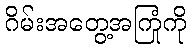
ဂိမ်းအတွေ့အကြုံကို